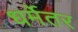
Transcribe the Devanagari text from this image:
धर्मेतर